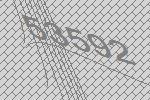
53592